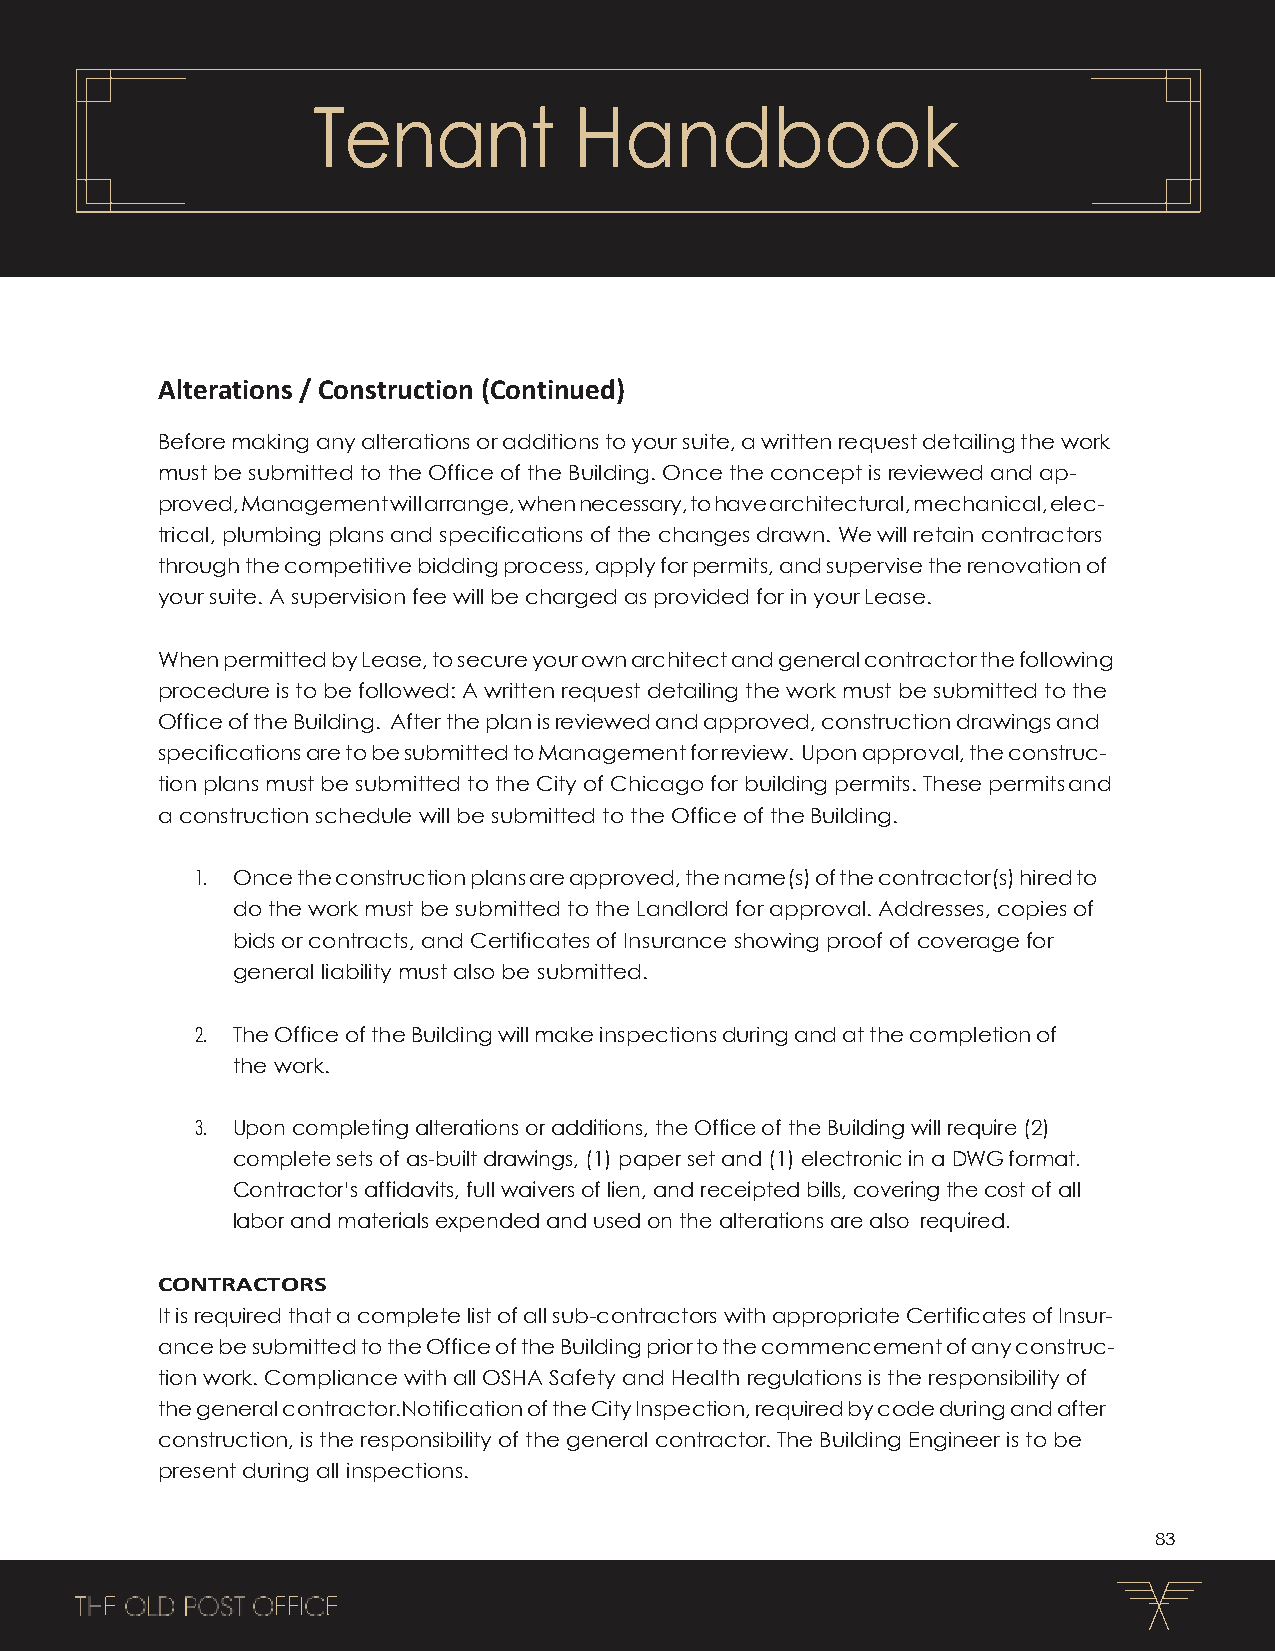
Tenant           Handbook
 Alterations / Construction (Continued)
 Before making any alterations or additions to your suite, a written request detailing the work
 must be submitted to the Office of the Building. Once the concept is reviewed and ap-
 proved, Management will arrange, when necessary, to have architectural, mechanical, elec-
 trical, plumbing plans and specifications of the changes drawn. We will retain contractors
 through the competitive bidding process, apply for permits, and supervise the renovation of
 your suite. A supervision fee will be charged as provided for in your Lease.
 When permitted by Lease, to secure your own architect and general contractor the following
 procedure is to be followed: A written request detailing the work must be submitted to the
 Office of the Building. After the plan is reviewed and approved, construction drawings and
 specifications are to be submitted to Management for review. Upon approval, the construc-
 tion plans must be submitted to the City of Chicago for building permits. These permits and
 a construction schedule will be submitted to the Office of the Building.
 1. Once the construction plans are approved, the name(s) of the contractor(s) hired to
 do the work must be submitted to the Landlord for approval. Addresses, copies of
 bids or contracts, and Certificates of Insurance showing proof of coverage for
 general liability must also be submitted.
 2. The Office of the Building will make inspections during and at the completion of
 the work.
 3. Upon completing alterations or additions, the Office of the Building will require (2)
 complete sets of as-built drawings, (1) paper set and (1) electronic in a DWG format.
 Contractor’s affidavits, full waivers of lien, and receipted bills, covering the cost of all
 labor and materials expended and used on the alterations are also required.
 CONTRACTORS
 It is required that a complete list of all sub-contractors with appropriate Certificates of Insur-
 ance be submitted to the Office of the Building prior to the commencement of any construc-
 tion work. Compliance with all OSHA Safety and Health regulations is the responsibility of
 the general contractor.Notification of the City Inspection, required by code during and after
 construction, is the responsibility of the general contractor. The Building Engineer is to be
 present during all inspections.
 83